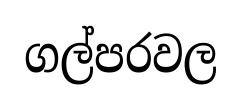
ගල්පරවල